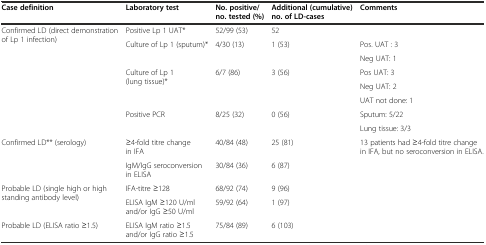
<table><thead><tr><td><b>Case definition</b></td><td><b>Laboratory test</b></td><td><b>No. positive/no. tested (%)</b></td><td><b>Additional (cumulative) no. of LD-cases</b></td><td><b>Comments</b></td></tr></thead><tbody><tr><td rowspan="8">Confirmed LD (direct demonstration of Lp 1 infection)</td><td>Positive Lp 1 UAT*</td><td>52/99 (53)</td><td>52</td><td></td></tr><tr><td rowspan="2">Culture of Lp 1 (sputum)*</td><td rowspan="2">4/30 (13)</td><td rowspan="2">1 (53)</td><td>Pos. UAT : 3</td></tr><tr><td>Neg UAT: 1</td></tr><tr><td rowspan="3">Culture of Lp 1 (lung tissue)*</td><td rowspan="3">6/7 (86)</td><td rowspan="3">3 (56)</td><td>Pos UAT: 3</td></tr><tr><td>Neg UAT: 2</td></tr><tr><td>UAT not done: 1</td></tr><tr><td rowspan="2">Positive PCR</td><td rowspan="2">8/25 (32)</td><td rowspan="2">0 (56)</td><td>Sputum: 5/22</td></tr><tr><td>Lung tissue: 3/3</td></tr><tr><td rowspan="2">Confirmed LD** (serology)</td><td>≥4-fold titre change in IFA</td><td>40/84 (48)</td><td>25 (81)</td><td rowspan="2">13 patients had ≥4-fold titre change in IFA, but no seroconversion in ELISA.</td></tr><tr><td>IgM/IgG seroconversion in ELISA</td><td>30/84 (36)</td><td>6 (87)</td></tr><tr><td rowspan="2">Probable LD (single high or high standing antibody level)</td><td>IFA-titre ≥128</td><td>68/92 (74)</td><td>9 (96)</td><td></td></tr><tr><td>ELISA IgM ≥120 U/ml and/or IgG ≥50 U/ml</td><td>59/92 (64)</td><td>1 (97)</td><td></td></tr><tr><td>Probable LD (ELISA ratio ≥1.5)</td><td>ELISA IgM ratio ≥1.5 and/or IgG ratio ≥1.5</td><td>75/84 (89)</td><td>6 (103)</td><td></td></tr></tbody></table>